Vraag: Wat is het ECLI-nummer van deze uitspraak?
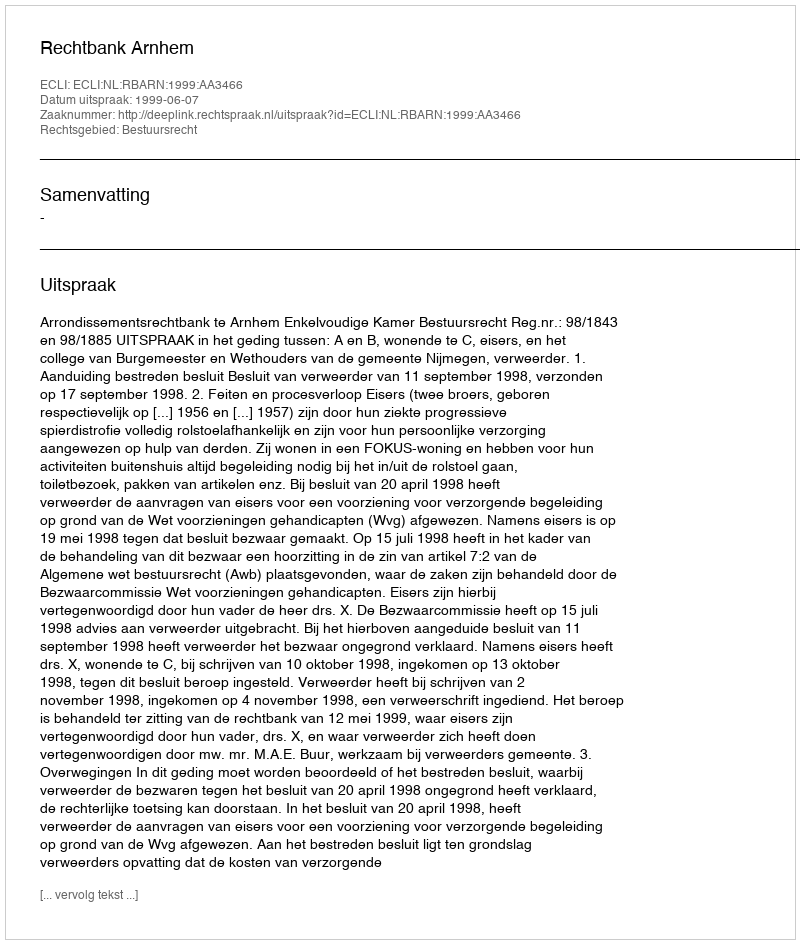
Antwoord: ECLI:NL:RBARN:1999:AA3466